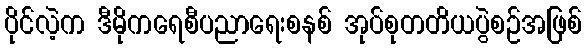
ပိုင်လဲ့က ဒီမိုကရေစီပညာရေးစနစ် အုပ်စုတတိယပွဲစဉ်အဖြစ်